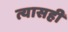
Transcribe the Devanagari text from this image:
त्यासही